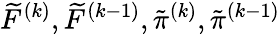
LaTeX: \widetilde{F}^{(k)},\widetilde{F}^{(k-1)},\tilde{\pi}^{(k)},\tilde{\pi}^{(k-1)}